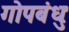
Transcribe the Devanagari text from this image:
गोपबंधुः